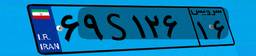
۸۶S۸۷۸۰۸